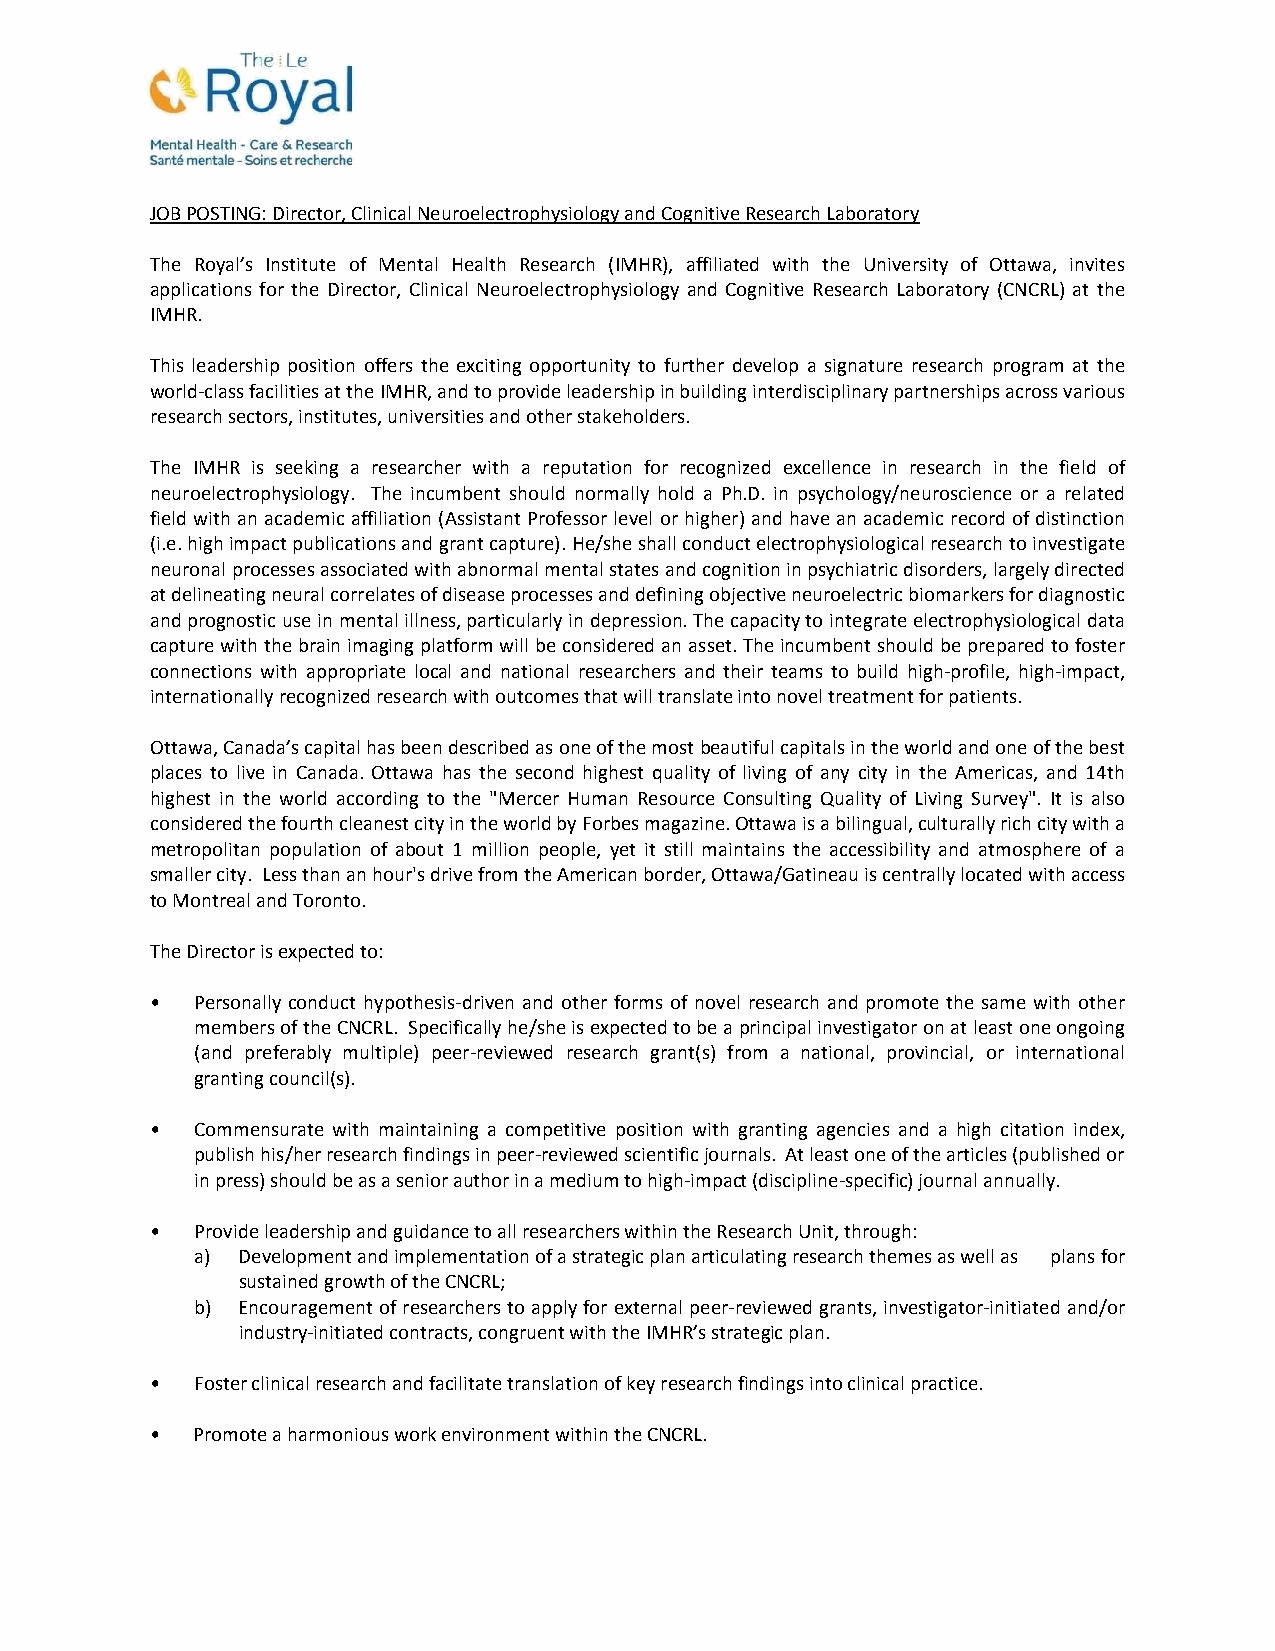
JOB POSTING: Director, Clinical Neuroelectrophysiology and Cognitive Research Laboratory
 The Royal’s Institute of Mental Health Research (IMHR), affiliated with the University of Ottawa, invites
 applications for the Director, Clinical Neuroelectrophysiology and Cognitive Research Laboratory (CNCRL) at the
 IMHR.
 This leadership position offers the exciting opportunity to further develop a signature research program at the
 world‐class facilities at the IMHR, and to provide leadership in building interdisciplinary partnerships across various
 research sectors, institutes, universities and other stakeholders.
 The IMHR is seeking a researcher with a reputation for recognized excellence in research in the field of
 neuroelectrophysiology. The incumbent should normally hold a Ph.D. in psychology/neuroscience or a related
 field with an academic affiliation (Assistant Professor level or higher) and have an academic record of distinction
 (i.e. high impact publications and grant capture). He/she shall conduct electrophysiological research to investigate
 neuronal processes associated with abnormal mental states and cognition in psychiatric disorders, largely directed
 at delineating neural correlates of disease processes and defining objective neuroelectric biomarkers for diagnostic
 and prognostic use in mental illness, particularly in depression. The capacity to integrate electrophysiological data
 capture with the brain imaging platform will be considered an asset. The incumbent should be prepared to foster
 connections with appropriate local and national researchers and their teams to build high‐profile, high‐impact,
 internationally recognized research with outcomes that will translate into novel treatment for patients.
 Ottawa, Canada’s capital has been described as one of the most beautiful capitals in the world and one of the best
 places to live in Canada. Ottawa has the second highest quality of living of any city in the Americas, and 14th
 highest in the world according to the "Mercer Human Resource Consulting Quality of Living Survey". It is also
 considered the fourth cleanest city in the world by Forbes magazine. Ottawa is a bilingual, culturally rich city with a
 metropolitan population of about 1 million people, yet it still maintains the accessibility and atmosphere of a
 smaller city. Less than an hour's drive from the American border, Ottawa/Gatineau is centrally located with access
 to Montreal and Toronto.
 The Director is expected to:
 •  Personally conduct hypothesis‐driven and other forms of novel research and promote the same with other
 members of the CNCRL. Specifically he/she is expected to be a principal investigator on at least one ongoing
 (and preferably multiple) peer‐reviewed research grant(s) from a national, provincial, or international
 granting council(s).
 •  Commensurate with maintaining a competitive position with granting agencies and a high citation index,
 publish his/her research findings in peer‐reviewed scientific journals. At least one of the articles (published or
 in press) should be as a senior author in a medium to high‐impact (discipline‐specific) journal annually.
 •  Provide leadership and guidance to all researchers within the Research Unit, through:
 a) Development and implementation of a strategic plan articulating research themes as well as plans for
 sustained growth of the CNCRL;
 b) Encouragement of researchers to apply for external peer‐reviewed grants, investigator‐initiated and/or
 industry‐initiated contracts, congruent with the IMHR’s strategic plan.
 •  Foster clinical research and facilitate translation of key research findings into clinical practice.
 •  Promote a harmonious work environment within the CNCRL.